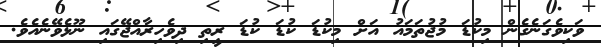
ވަކިވެގަނެގެން މިކުޑަ މުޖުތަމައު އަށް މިކުޑަ ކުޑަ ކުޑަ ރީތި ދިވެހިރާއްޖޭގައި ނޫޅެވޭނެއެވެ.